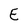
Character: E